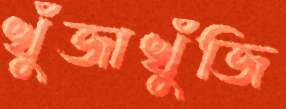
খুঁজাখুঁজি